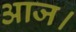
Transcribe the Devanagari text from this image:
आज।